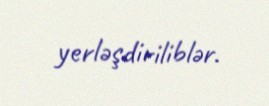
yerləşdiriliblər.